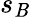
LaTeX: s_{\mathit{B}}